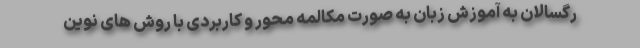
رگسالان به آموزش زبان به صورت مکالمه محور و کاربردی با روش های نوین